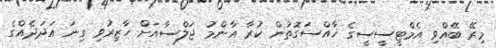
މިރޭ ބޭއްވި އެމްޓީސީސީގެ ޚާއްސަގޮތުން ކުރާ އާންމު ޖަލްސާއަށް ހާޒިރުވި ގިނަ އަދަދެއްގެ